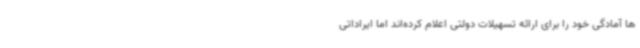
ها آمادگی خود را برای ارائه تسهیلات دولتی اعلام کرده‌اند اما ایراداتی